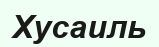
Хусаиль